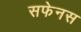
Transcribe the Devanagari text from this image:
सफेनस